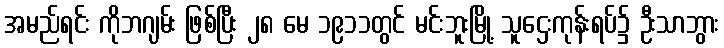
အမည်ရင်း ကိုဘဂျမ်း ဖြစ်ပြီး ၂၈ မေ ၁၉၁၁တွင် မင်းဘူးမြို့ သူဌေးကုန်းရပ်၌ ဦးသာဘွား